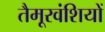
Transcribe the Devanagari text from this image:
तैमूरवंशियों